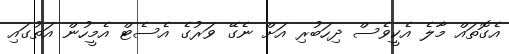
އެގޮތައް މާލެ އެކީވެސް ދިހަބުރި އަށް ނެގޭ ވަރުގެ އެސެޓް އެމީހުން އަތުގައި